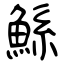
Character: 鯀